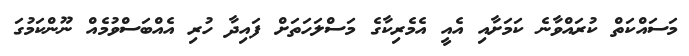
މަސައްކަތް ކުރައްވާނެ ކަމަށާއި އެއީ އެމެރިކާގެ މަސްލަހަތަށް ފައިދާ ހުރި އެއްބަސްވުމެއް ނޫންކަމުގަ